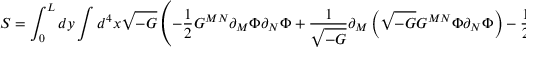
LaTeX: S = \int _ { 0 } ^ { L } d y \int d ^ { 4 } x \sqrt { - G } \left( - \frac { 1 } { 2 } G ^ { M N } \partial _ { M } \Phi \partial _ { N } \Phi + \frac { 1 } { \sqrt { - G } } \partial _ { M } \left( \sqrt { - G } G ^ { M N } \Phi \partial _ { N } \Phi \right) - \frac { 1 } { 2 } V ( \Phi ) \right) \ .